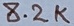
Text: 8.2K